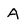
Character: A